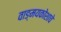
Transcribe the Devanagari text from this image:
वाङ्मयकोशाचे